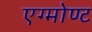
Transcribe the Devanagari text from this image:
एग्मोण्ट